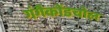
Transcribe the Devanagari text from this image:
गंगैकोंडचोल